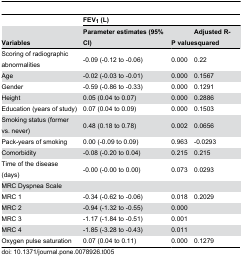
<table><thead><tr><td></td><td colspan="3"><b>FEV<sub>1</sub> (L)</b></td></tr><tr><td><b>Variables</b></td><td><b>Parameter estimates (95% CI)</b></td><td><b>P value</b></td><td><b>Adjusted R-squared</b></td></tr></thead><tbody><tr><td>Scoring of radiographic abnormalities</td><td>-0.09 (-0.12 to -0.06)</td><td>0.000</td><td>0.22</td></tr><tr><td>Age</td><td>-0.02 (-0.03 to -0.01)</td><td>0.000</td><td>0.1567</td></tr><tr><td>Gender</td><td>-0.59 (-0.86 to -0.33)</td><td>0.000</td><td>0.1291</td></tr><tr><td>Height</td><td>0.05 (0.04 to 0.07)</td><td>0.000</td><td>0.2886</td></tr><tr><td>Education (years of study)</td><td>0.07 (0.04 to 0.09)</td><td>0.000</td><td>0.1503</td></tr><tr><td>Smoking status (former vs. never)</td><td>0.48 (0.18 to 0.78)</td><td>0.002</td><td>0.0656</td></tr><tr><td>Pack-years of smoking</td><td>0.00 (-0.09 to 0.09)</td><td>0.963</td><td>-0.0293</td></tr><tr><td>Comorbidity</td><td>-0.08 (-0.20 to 0.04)</td><td>0.215</td><td>0.215</td></tr><tr><td>Time of the disease (days)</td><td>-0.00 (-0.00 to 0.00)</td><td>0.073</td><td>0.0293</td></tr><tr><td>MRC Dyspnea Scale</td><td></td><td></td><td></td></tr><tr><td>MRC 1</td><td>-0.34 (-0.62 to -0.06)</td><td>0.018</td><td>0.2029</td></tr><tr><td>MRC 2</td><td>-0.94 (-1.32 to -0.55)</td><td>0.000</td><td></td></tr><tr><td>MRC 3</td><td>-1.17 (-1.84 to -0.51)</td><td>0.001</td><td></td></tr><tr><td>MRC 4</td><td>-1.85 (-3.28 to -0.43)</td><td>0.011</td><td></td></tr><tr><td>Oxygen pulse saturation</td><td>0.07 (0.04 to 0.11)</td><td>0.000</td><td>0.1279</td></tr></tbody></table>